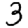
Digit: 3